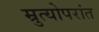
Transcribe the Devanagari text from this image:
म्रुत्योपरांत